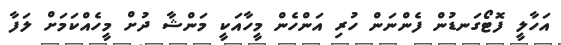
އަހާލީ ފޮޓޯގަނޑުން ފެންނަން ހުރި އަންހެން މީހާއަކީ މަންޝާ ދުށް މީހެއްކަމަށް ލަފާ